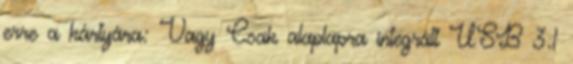
erre a kártyára: Vagy Csak alaplapra integrált USB 3.1